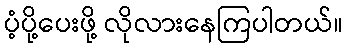
ပံ့ပို့ပေးဖို့ လိုလားနေကြပါတယ်။